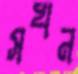
সখন